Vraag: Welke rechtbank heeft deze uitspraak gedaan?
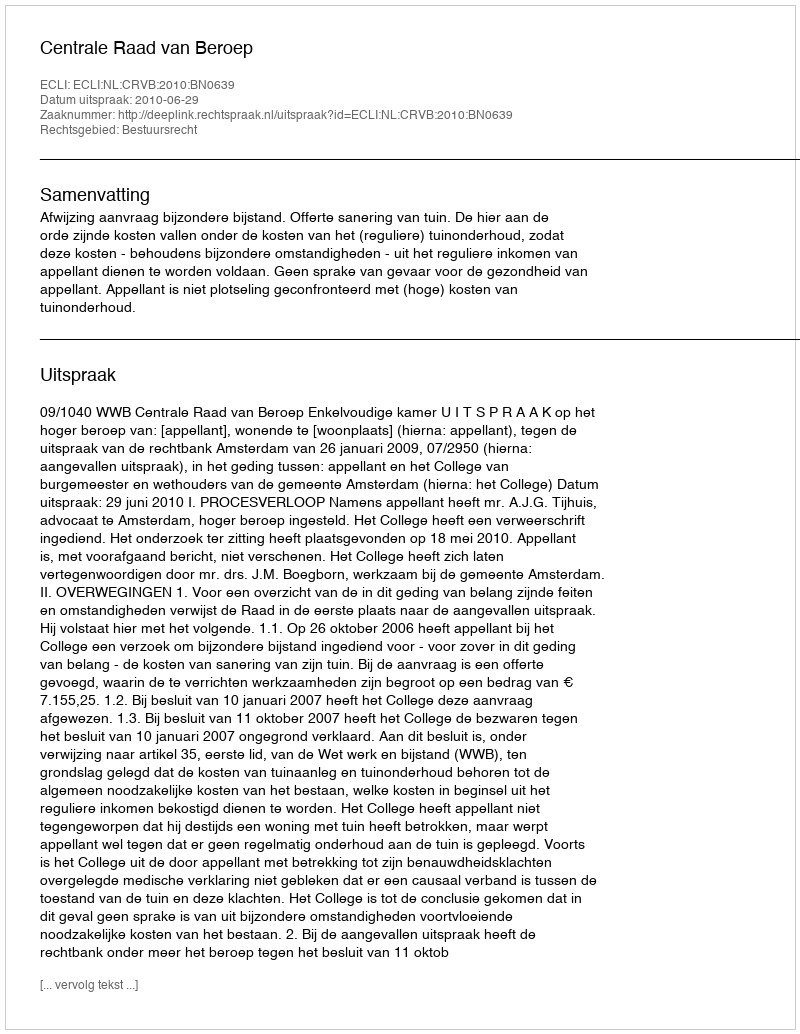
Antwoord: Centrale Raad van Beroep